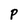
Character: p